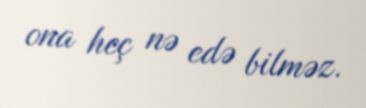
ona heç nə edə bilməz.